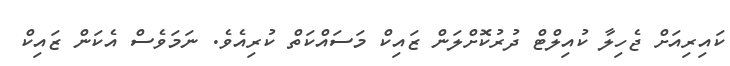
ކައިރިއަށް ޖެހިލާ ކުއިލްޓް ދުރުކޮށްލަން ޒައިކް މަސައްކަތް ކުރިއެވެ. ނަމަވެސް އެކަން ޒައިކް